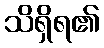
သိရှိရ၏